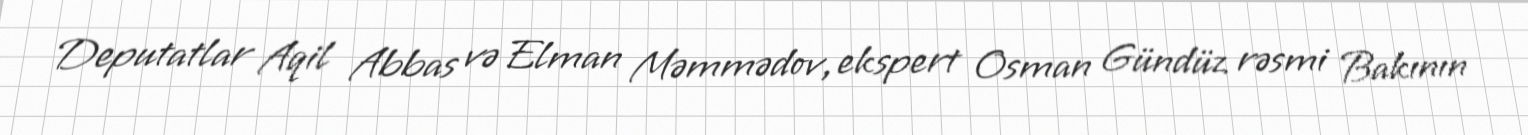
Deputatlar Aqil Abbas və Elman Məmmədov, ekspert Osman Gündüz rəsmi Bakının